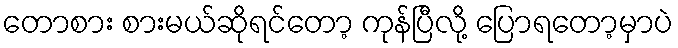
တောစား စားမယ်ဆိုရင်တော့ ကုန်ပြီလို့ ပြောရတော့မှာပဲ